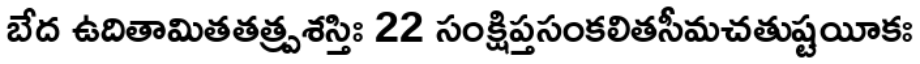
బేద ఉదితామితతత్ప్రశస్తిః 22 సంక్షిప్తసంకలితసీమచతుష్టయీకః